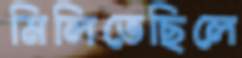
মিলিতেছিলে